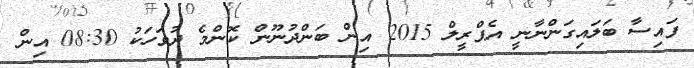
ފައިސާ ބަލައިގަންނާނީ އެޕްރީލް 2015 އިން ބަންދުނޫން ކޮންމެ ދުވަހަކު 08:30 އިން